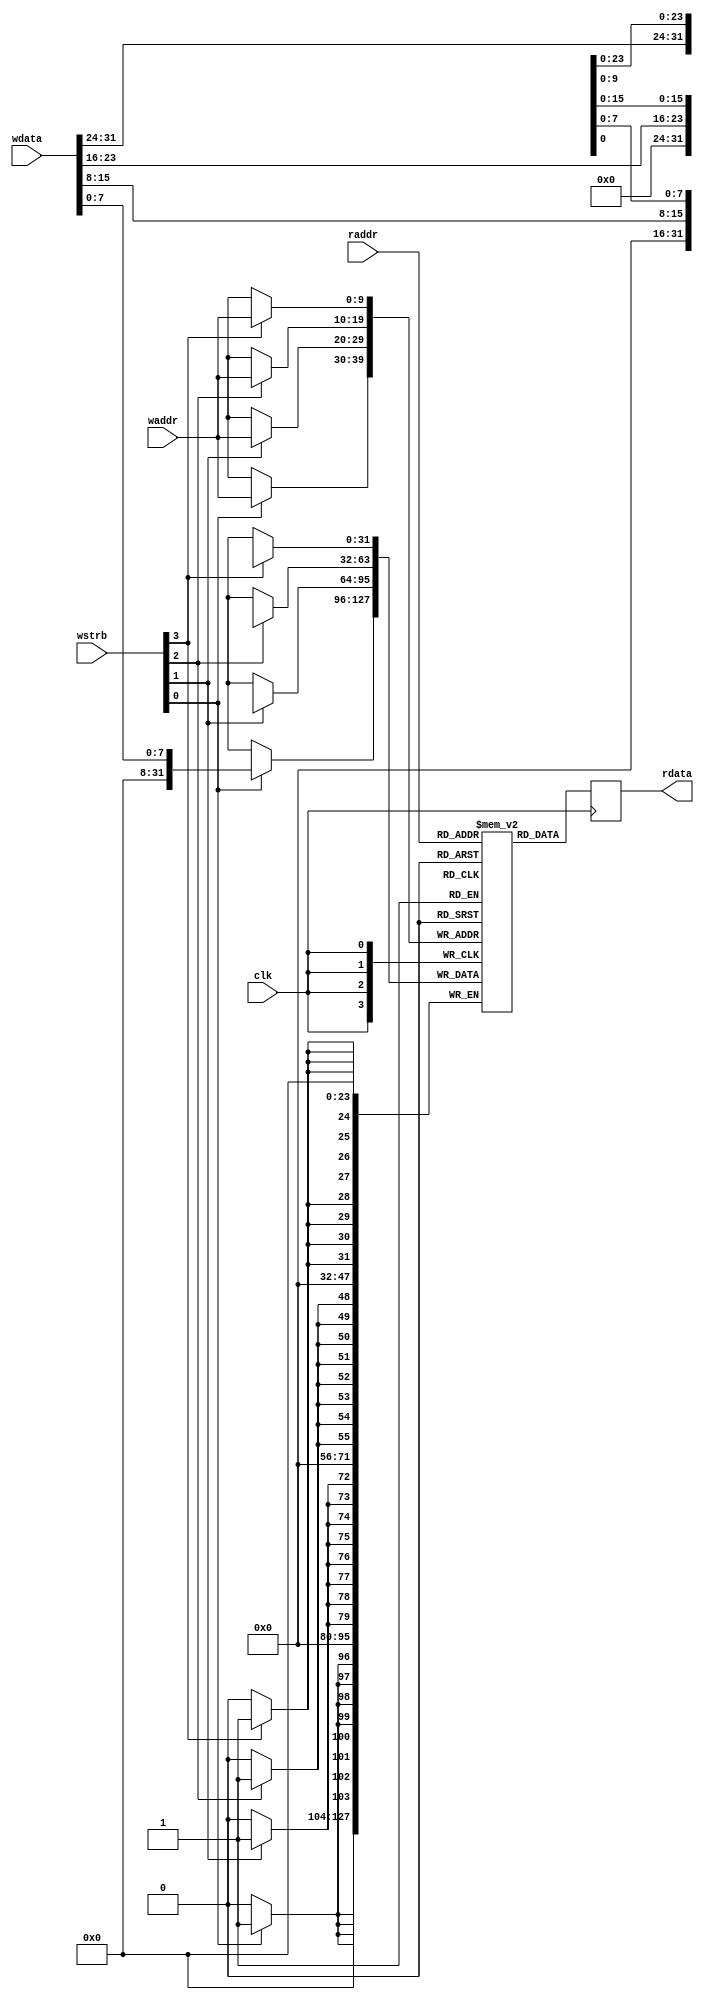
module bram_wsel (clk, wstrb, waddr, wdata, raddr, rdata);

parameter INIT = "";
parameter SIZE = 1024;
parameter COLS = 4;

parameter AW   = $clog2(SIZE);
parameter DW   = COLS*8;

input clk;

input [COLS-1:0] wstrb;
input [AW-1:0]   waddr;
input [DW-1:0]   wdata;

input      [AW-1:0] raddr;
output reg [DW-1:0] rdata;

reg [DW-1:0] mem [0:SIZE-1];

initial if(INIT) $readmemh(INIT, mem);

always @(posedge clk)
	rdata <= mem[raddr];

generate
	genvar i;
	for (i = 0; i < COLS; i = i+1) begin : byte_sel_gen
		always @(posedge clk) begin
			if (wstrb[i])
				mem[waddr][(i+1)*8-1: i*8] <= wdata[(i+1)*8-1:i*8];
		end
	end
endgenerate

endmodule

module bram (clk, wstrb, waddr, wdata, raddr, rdata);

parameter INIT = "";
parameter SIZE = 1024;

parameter AW   = $clog2(SIZE);
parameter DW   = 32;

input clk;

input wstrb;
input [AW-1:0] waddr;
input [DW-1:0] wdata;

input      [AW-1:0] raddr;
output reg [DW-1:0] rdata;

reg [DW-1:0] mem [0:SIZE-1];

initial if(INIT) $readmemh(INIT, mem);

always @(posedge clk)
	rdata <= mem[raddr];

always @(posedge clk)
	if (wstrb)
		mem[waddr] <= wdata;

endmodule